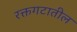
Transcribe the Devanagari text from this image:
रक्तगटातील